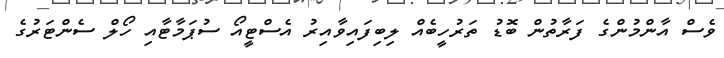
ވެސް އާންމުންގެ ފަރާތުން ބޮޑު ތަރުހީބެއް ލިބިފައިވާއިރު އެސްޓީއޯ ސުޕަމާޓާއި ހޯލް ސެންޓަރުގެ